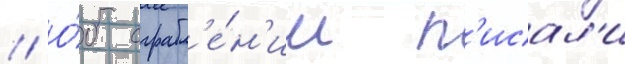
// О́б ограбл'е́н'ии п'исал'и